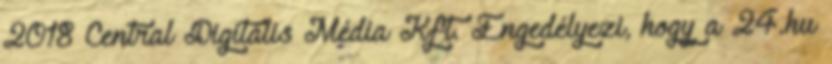
2018 Central Digitális Média Kft. Engedélyezi, hogy a 24.hu